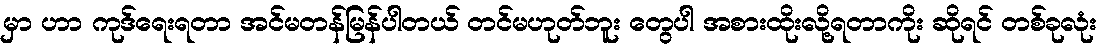
မှာ ဟာ ကုဒ်ရေးရတာ အင်မတန်မြန်ပါတယ် တင်မဟုတ်ဘူး တွေပါ အစားထိုးလို့ရတာကိုး ဆိုရင် တစ်ခုလုံး